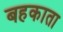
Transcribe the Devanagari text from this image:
बहकाता